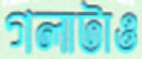
গলাটাও